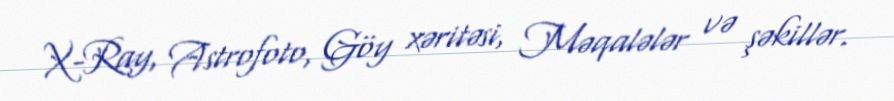
X-Ray, Astrofoto, Göy xəritəsi, Məqalələr və şəkillər.